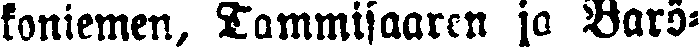
koniemen, Tammisaaren jo Bärö-